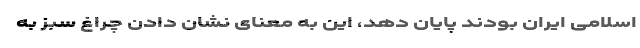
اسلامی ایران بودند پایان دهد، این به معنای نشان دادن چراغ سبز به